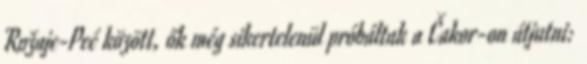
Rožaje-Peć között, ők még sikertelenül próbáltak a Čakor-on átjutni: